Report on vaccination in Madras 1895-1903 - 1895-1903
Year: 1895
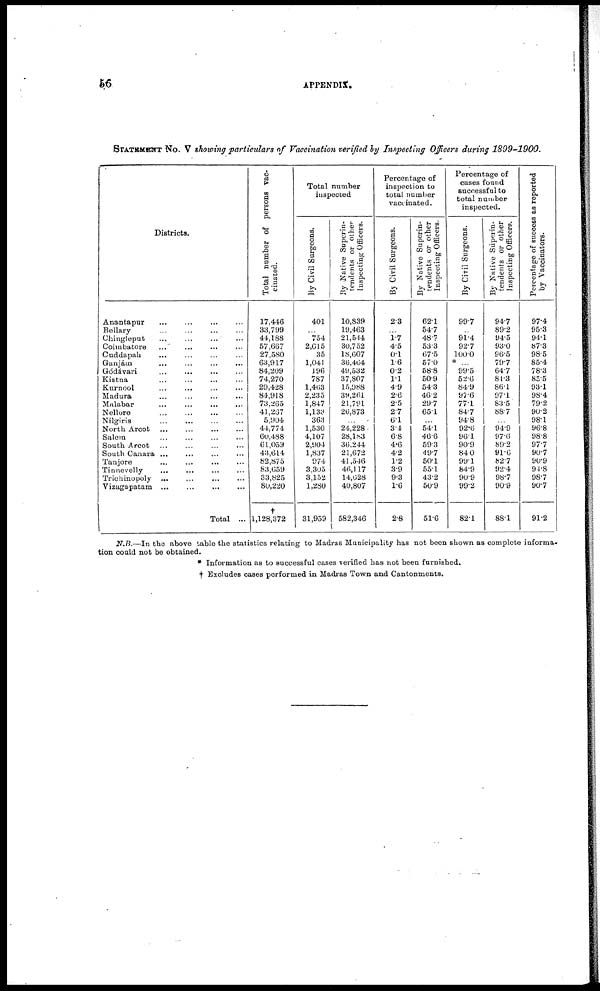
56
APPENDIX.
STATEMEMT No. V showing particulars of Vaccination verified by Inspecting Officers during 1899-1900.
Districts.
Anantapur
...
...
...
...
Bellary
...
...
...
...
Chingleput ... ... ... ...
Coimbatore ... ... ... ...
Cuddapah ... ... ... ...
Ganjám ... ... ... ...
Gódávari ... ... ... ...
Kistna ... ... ... ...
Kurnool ... ... ... ...
Madura ... ... ... ...
Malabar
...
...
...
...
Nellore
...
...
...
...
Nilgiris ... ... ... ...
North Arcot
...
...
...
...
Salem ... ... ... ...
South Arcot
...
...
...
...
South Canara ... ... ... ...
Tanjore ... ... ... ...
Tinnevelly ... ... ... ...
Trichinopoly ... ... ... ...
Vizagapatam ... ... ... ...
Total ...
Total number of persons vac-
cinated.
17,446
33,799
44,188
57,667
27,580
63,917
84,209
74,270
29,428
84,918
73,265
41,267
5,904
44,774
60,488
61,059
43,614
82,875
83,659
33,825
80,220
†
1,128,372
Total number
inspected
By Civil Surgeons.
401
...
754
2,615
35
1,041
196
787
1,463
2,235
1,847
1,138
363
1,530
4,107
2,904
1,837
074
3,305
3,152
1,280
31,959
By Native Superin-
tendents or other
Inspecting Officers.
10,839
19,463
21,544
30,752
18,607
36,464
49,532
37,807
15,988
39,261
21,791
26,873
...
24,228
28,183
36.244
21,672
41,546
46,117
14,628
40,807
582,346
Percentage of
inspection to
total number
vaccinated.
By Civil Surgeons.
2.3
...
1.7
4.5
0.1
1.6
0.2
1.1
4.9
2.6
2.5
2.7
6.1
3.4
6.8
4.6
4.2
1.2
3.9
9.3
1.6
2.8
By Native Superin-
tendents or other
Inspecting Officers.
62.1
54.7
48.7
53.3
67.5
57.0
58.8
50.9
54.3
46.2
29.7
65.1
...
54.1
46.6
59.3
49.7
50.1
55.1
43.2
50.9
51.6
Percentage of
cases found
successful to
total number
inspected.
By Civil Surgeons.
99.7
...
91.4
92.7
100.0
* ...
99.5
52.6
84.9
97.6
77.1
84.7
94.8
92.6
96.1
90.9
84 0
99.1
84.9
90.9
99.2
82.1
By Native Superin-
tendents or other
Inspecting Officers.
94.7
89.2
94.5
93.0
96.5
79.7
64.7
81.3
86.1
97.1
83.5
88.7
...
94.9
97.6
89.2
91.6
82.7
92.4
98.7
90.9
88.1
Percentage of success as reported
by Vaccinators.
97.4
95.3
94.1
873
98.5
85.4
78.3
85.5
93.1
98.4
79.2
90.2
98.1
96.8
98.8
97.7
90.7
90.9
94.8
98.7
90.7
91.2
N.B.—In the above table the statistics relating to Madras Municipality has not been shown as complete informa-
tion could not be obtained.
* Information as to successful cases verified has not been furnished.
† Excludes cases performed in Madras Town and Cantonments.